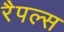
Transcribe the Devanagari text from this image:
रैपल्स